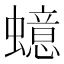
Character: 䗷